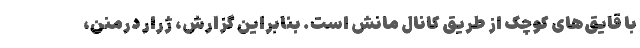
با قایق‌های کوچک از طریق کانال مانش است. بنابراین گزارش، ژرار درمنن،